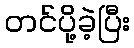
တင်ပို့ခဲ့ပြီး